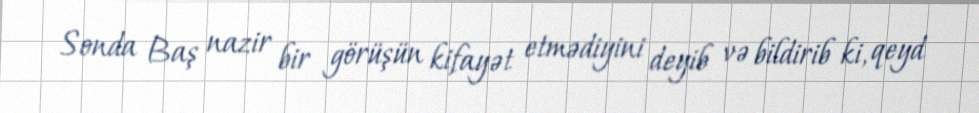
Sonda Baş nazir bir görüşün kifayət etmədiyini deyib və bildirib ki, qeyd